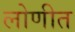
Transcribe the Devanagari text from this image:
लोणीत